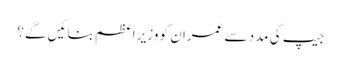
جیپ کی مدد سے عمران کو وزیر اعظم بنائیں گے؟